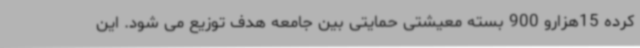
کرده 15هزارو 900 بسته معیشتی حمایتی بین جامعه هدف توزیع می شود. این